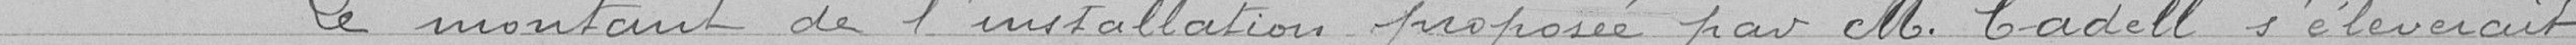
Le montant de l'installation proposée par Monsieur Cadell s’élèverait